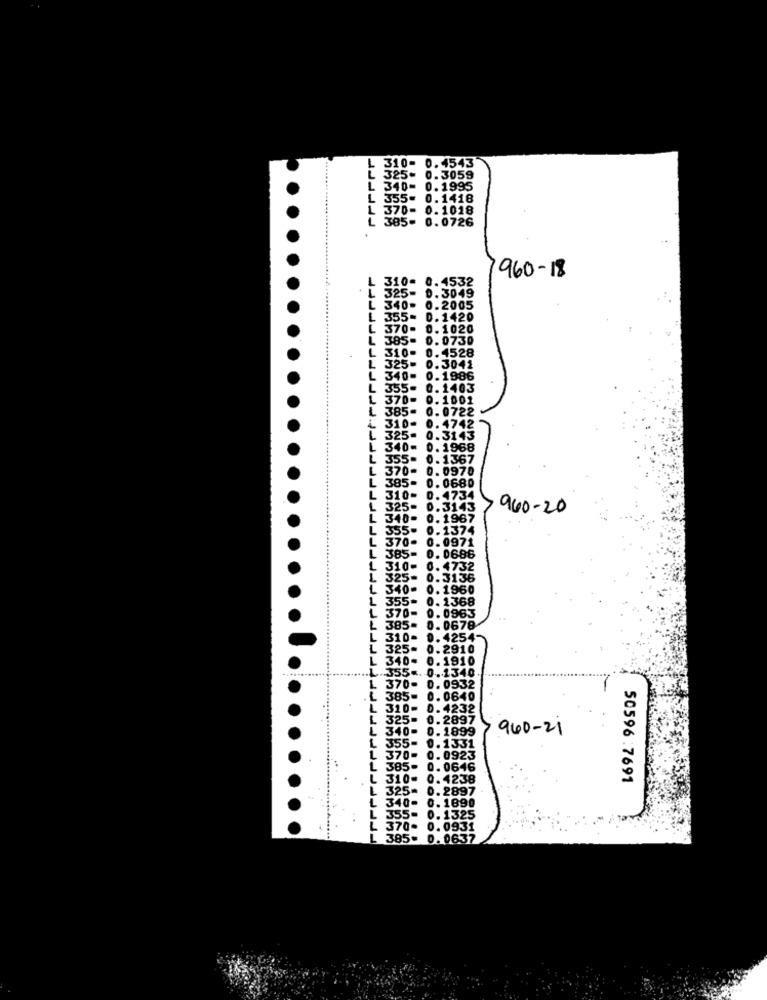
310-
0.4543
325
0.3059
. 340- 0.1995
L
355- 0.1418
370- 0.1018
385- 0.0726
.
960-18
310- 0.4532
L 325- 0.3049
L 340- 0.2005
L 355- 0.1420
L 370- 0.1020
L 385- 0. 0730
L 310- 0.4528
L 325- 0.3041
L 340- 0.1986
L 355- 0.1403
L 370- 0.1001
L 385= 0.0722
4 310- 0.4742
. 4742
L 325- 0.3143
L 340- 0.1968
L 355- 0.1367
₡ 370- 0.0970
L 385- 0. 0680
L 310- 0.4734
L 325- 0.3143
960-20
L 340- 0.1967
L 355- 0.1374
370-
0.0971
385-
0. 0686
L
310-
0.4732
325-
0.3136
L 340-
0. 1960
355-
0.1368
L 370-
0. 0963
385.
0.0678
L 310-
0. 4254-
L
325
0.2910
L
340-
0. 1910
L. 355
0.1340
L 370-
0.0932
L 385- 0.0640
L 310- 0.4232
325- 0.2897
1
340- 0.1899
960-21
355- 0.1331
50596:7691